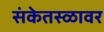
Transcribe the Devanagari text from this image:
संकेतस्ळावर